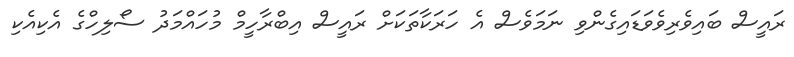
ރައީސް ބައިވެރިވެވަޑައިގެންވި ނަމަވެސް އެ ހަރަކާތަކަށް ރައީސް އިބްރާހީމް މުހައްމަދު ސޯލިހްގެ އެކިއެކި